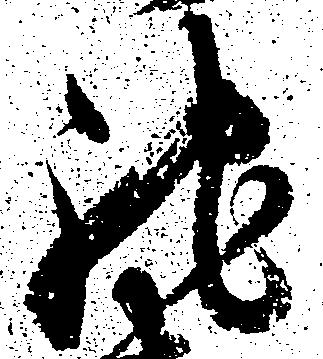
馳